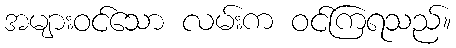
အများဝင်သော လမ်းက ဝင်ကြရသည်။